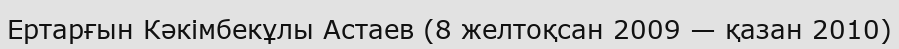
Ертарғын Кәкімбекұлы Астаев (8 желтоқсан 2009 — қазан 2010)